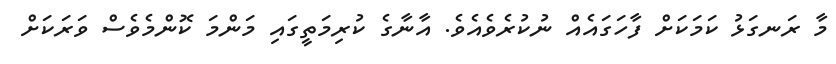
މާ ރަނގަޅު ކަމަކަށް ފާހަގައެއް ނުކުރެވެއެވެ. އާނާގެ ކުރިމަތީގައި މަންމަ ކޮންމެވެސް ވަރަކަށް